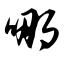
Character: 哪